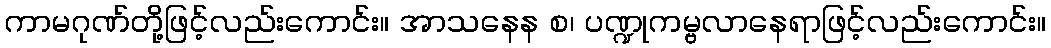
ကာမဂုဏ်တို့ဖြင့်လည်းကောင်း။ အာသနေန စ၊ ပဏ္ဍုကမ္ဗလာနေရာဖြင့်လည်းကောင်း။